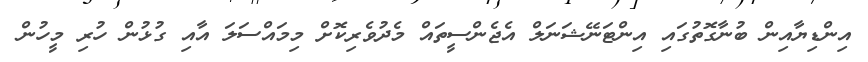
އިންޑިޔާއިން ބުނާގޮތުގައި އިންޓަނޭޝަނަލް އެޖެންސީތައް މެދުވެރިކޮށް މިމައްސަލަ އާއި ގުޅުން ހުރި މީހުން